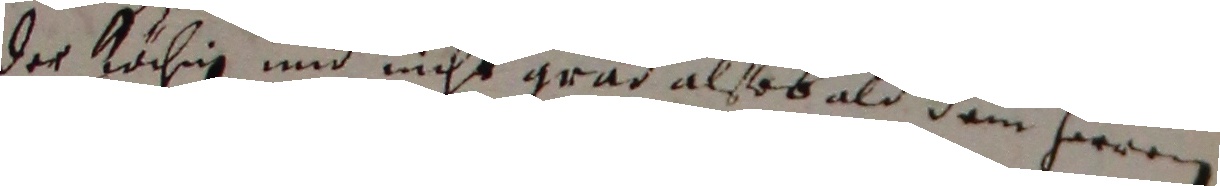
der köhig und nicht gond alsob ald dem herrn